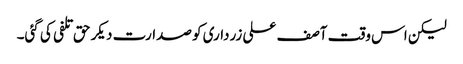
لیکن اس وقت آصف علی زرداری کو صدارت دیکر حق تلفی کی گئی۔